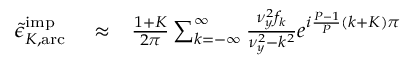
\begin{array} { r l r } { \tilde { \epsilon } _ { K , \mathrm { a r c } } ^ { \mathrm { i m p } } } & { { } \approx } & { \frac { 1 + K } { 2 \pi } \sum _ { k = - \infty } ^ { \infty } \frac { \nu _ { y } ^ { 2 } f _ { k } } { \nu _ { y } ^ { 2 } - k ^ { 2 } } e ^ { i \frac { P - 1 } { P } ( k + K ) \pi } } \end{array}